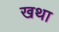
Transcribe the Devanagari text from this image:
खथा